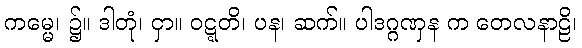
ကမ္မေ၊ ၌။ ဒါတုံ၊ ငှာ။ ဝဋ္ဋတိ၊ ပန၊ ဆက်။ ပါဒဂ္ဂဏှန က တေလနာဠိ၊